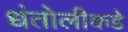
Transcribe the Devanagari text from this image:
धंतोलीकडे